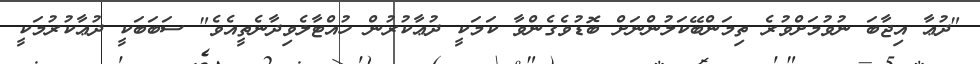
"ދުޢާ އިޖާބަ ނުވުމަށްވުރެ ތިމަންބޭކަލުންނަށް ބޮޑުވެގެންވާ ކަމަކީ ދުޢާކުރުން ހުއްޓާލެވިދާނެތީއެވެ" ސަބަބަކީ ދުޢާކުރުމަކީ